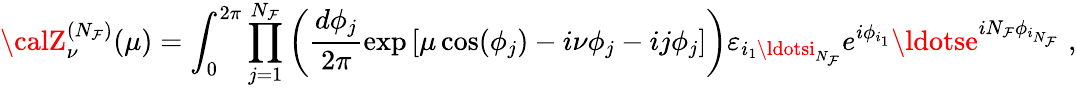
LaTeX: {\calZ}_{\nu}^{(N_{\mathcal{F}})}(\mu)=\int_{0}^{2\pi}\prod_{j=1}^{N_{\mathcal{F}}}\left(\frac{{d\phi_{j}}}{{2\pi}}\exp\left[\mu\cos(\phi_{j})-i\nu\phi_{j}-ij\phi_{j}\right]\right)\varepsilon_{i_{1}\ldotsi_{N_{\mathcal{F}}}}e^{i\phi_{i_{1}}}\ldotse^{iN_{\mathcal{F}}\phi_{i_{N_{\mathcal{F}}}}}\; ,